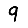
Digit: 9